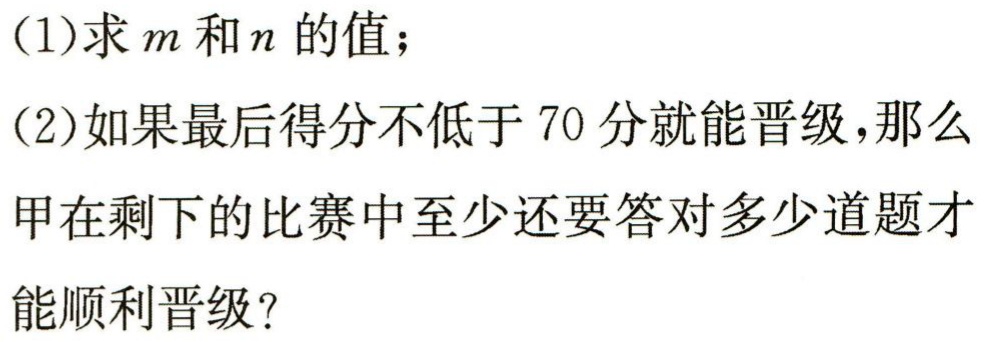
(1)求\(m\)和\(n\)的值；

(2)如果最后得分不低于\(70\)分就能晋级，那么甲在剩下的比赛中至少还要答对多少道题才能顺利晋级？